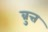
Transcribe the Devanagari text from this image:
व्रुत्त